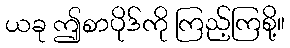
ယခု ဤစာပိုဒ်ကို ကြည့်ကြစို့။